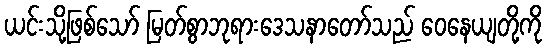
ယင်းသို့ဖြစ်သော် မြတ်စွာဘုရားဒေသနာတော်သည် ဝေနေယျတို့ကို